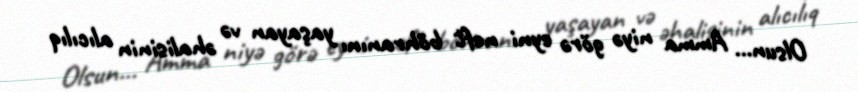
Olsun... Amma niyə görə eyni neft böhranını yaşayan və əhalisinin alıcılıq